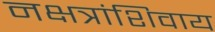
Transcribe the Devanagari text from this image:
नक्षत्रांशिवाय